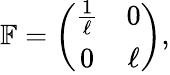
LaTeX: \mathbb F=\left(\begin{array}{cc}{\frac{1}{\ell}}&{0}\\ {0}&{\ell}\end{array}\right),